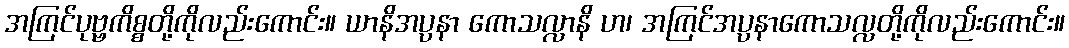
အကြင်ပုဗ္ဗကိစ္စတို့ကိုလည်းကောင်း။ ယာနိအပ္ပနာ ကောသလ္လာနိ ဟ၊ အကြင်အပ္ပနာကောသလ္လတို့ကိုလည်းကောင်း။